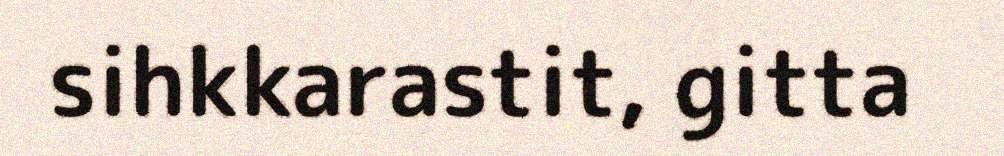
sihkkarastit, gitta